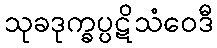
သုခဒုက္ခပ္ပဋိသံဝေဒီ